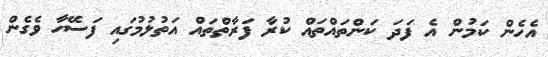
އެހެން ކަމުން އެ ފަދަ ކަންތައްތައް ކުރާ ފަރާތްތައް އަތުލުމުގައި ފަސޭހާ ވެގެން